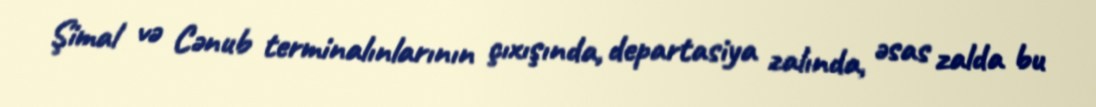
Şimal və Cənub terminalınlarının çıxışında, departasiya zalında, əsas zalda bu